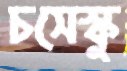
চসেস্কু